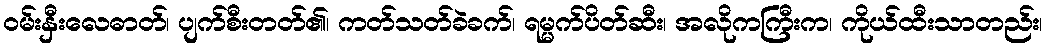
ဝမ်းနှီးလေဓာတ်၊ ပျက်စီးတတ်၏၊ ကတ်သတ်ခဲခက်၊ ရမ္မက်ပိတ်ဆီး၊ အလိုကကြီးက၊ ကိုယ်ထီးသာတည်း၊